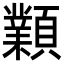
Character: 𩕟